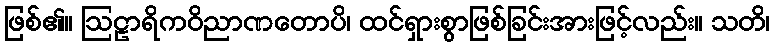
ဖြစ်၏။ ဩဠာရိကဝိညာဏတောပိ၊ ထင်ရှားစွာဖြစ်ခြင်းအားဖြင့်လည်း။ သတိ၊